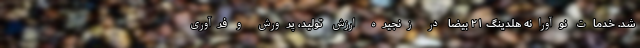
شد. خدمات نوآورانه هلدینگ ۲۱ بیضا در زنجیره ارزش تولید، پرورش و فرآوری